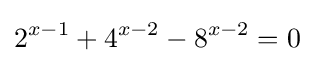
2^{x-1}+4^{x-2}-8^{x-2}=0